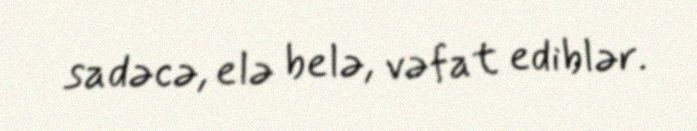
sadəcə, elə belə, vəfat ediblər.